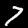
Digit: 7